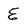
Character: E